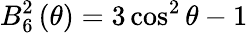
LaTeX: B_{6}^{2}\left(\theta\right)=3\cos^{2}\theta-1